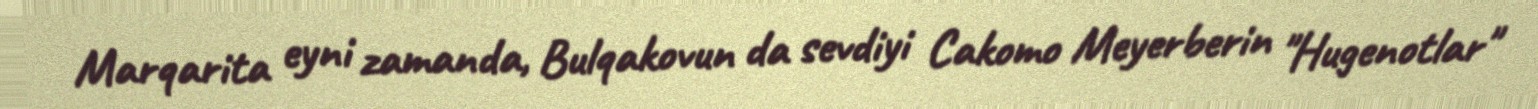
Marqarita eyni zamanda, Bulqakovun da sevdiyi Cakomo Meyerberin "Hugenotlar"